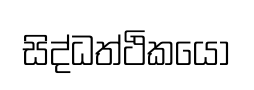
සිද්ධත්ථිකයෝ